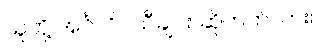
သူတို့ အင်္ဂလိပ်သီချင်း ဆိုတတ်လား။